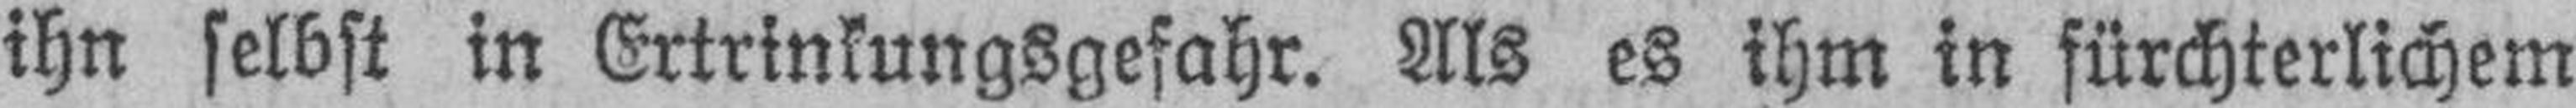
ihn selbst in Ertrinkungsgefahr. Als es ihm in fürchterlichem